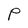
Character: P